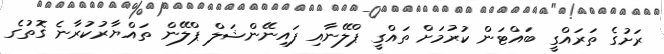
ރަށުގެ ތަރައްގީ ބައްޓަން ކުރުމަށް ތައްގީ ޕްލޭނާއި ފައިނޭންޝަލް ޕްލޭން ތައްޔާރުކުރާނެ ގޮތުގެ